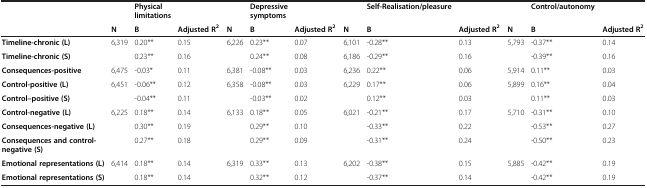
|  |  | Physical limitations |  |  | Depressive symptoms |  |  | Self-Realisation/pleasure |  |  | Control/autonomy |  |
 |  | N | B | Adjusted R2 | N | B | Adjusted R2 | N | B | Adjusted R2 | N | B | Adjusted R2 |
 | --- | --- | --- | --- | --- | --- | --- | --- | --- | --- | --- | --- | --- |
 | Timeline-chronic (L) | 6,319 | 0.20** | 0.15 | 6,226 | 0.23** | 0.07 | 6,101 | -0.28** | 0.13 | 5,793 | -0.37** | 0.14 |
 | Timeline-chronic (S) |  | 0.23** | 0.16 |  | 0.24** | 0.08 | 6,186 | -0.29** | 0.16 |  | -0.39** | 0.16 |
 | Consequences-positive | 6,475 | -0.03* | 0.11 | 6,381 | -0.08** | 0.03 | 6,236 | 0.22** | 0.06 | 5,914 | 0.11** | 0.03 |
 | Control-positive (L) | 6,451 | -0.06** | 0.12 | 6,358 | -0.08** | 0.03 | 6,229 | 0.17** | 0.06 | 5,899 | 0.16** | 0.04 |
 | Control–positive (S) |  | -0.04** | 0.11 |  | -0.03** | 0.02 |  | 0.12** | 0.03 |  | 0.11** | 0.03 |
 | Control-negative (L) | 6,225 | 0.18** | 0.14 | 6,133 | 0.18** | 0.05 | 6,021 | -0.21** | 0.17 | 5,710 | -0.31** | 0.10 |
 | Consequences-negative (L) |  | 0.30** | 0.19 |  | 0.29** | 0.10 |  | -0.33** | 0.22 |  | -0.53** | 0.27 |
 | Consequences and control-negative (S) |  | 0.27** | 0.18 |  | 0.29** | 0.09 |  | -0.31** | 0.24 |  | -0.50** | 0.23 |
 | Emotional representations (L) | 6,414 | 0.18** | 0.14 | 6,319 | 0.33** | 0.13 | 6,202 | -0.38** | 0.15 | 5,885 | -0.42** | 0.19 |
 | Emotional representations (S) |  | 0.18** | 0.14 |  | 0.32** | 0.12 |  | -0.37** | 0.14 |  | -0.42** | 0.19 |